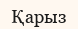
Қарыз